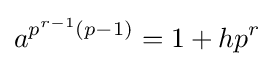
a^{p^{r-1}(p-1)}=1+hp^{r}